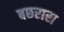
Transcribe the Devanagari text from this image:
बछरारा